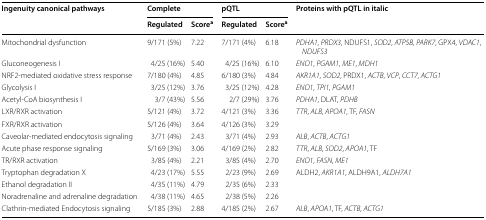
<table><thead><tr><td rowspan="2"><b>Ingenuity canonical pathways</b></td><td colspan="2"><b>Complete</b></td><td colspan="2"><b>pQTL</b></td><td rowspan="2"><b>Proteins with pQTL in italic</b></td></tr><tr><td><b>Regulated</b></td><td><b>Score<sup>a</sup></b></td><td><b>Regulated</b></td><td><b>Score<sup>a</sup></b></td></tr></thead><tbody><tr><td>Mitochondrial dysfunction</td><td>9/171 (5%)</td><td>7.22</td><td>7/171 (4%)</td><td>6.18</td><td><i>PDHA1</i>, <i>PRDX3</i>, NDUFS1, <i>SOD2</i>, <i>ATP5B</i>, <i>PARK7</i>, GPX4, <i>VDAC1</i>, <i>NDUFS3</i></td></tr><tr><td>Gluconeogenesis I</td><td>4/25 (16%)</td><td>5.40</td><td>4/25 (16%)</td><td>6.10</td><td><i>ENO1</i>, <i>PGAM1</i>, <i>ME1</i>, <i>MDH1</i></td></tr><tr><td>NRF2-mediated oxidative stress response</td><td>7/180 (4%)</td><td>4.85</td><td>6/180 (3%)</td><td>4.84</td><td><i>AKR1A1</i>, <i>SOD2</i>, PRDX1, <i>ACTB</i>, <i>VCP</i>, <i>CCT7</i>, <i>ACTG1</i></td></tr><tr><td>Glycolysis I</td><td>3/25 (12%)</td><td>3.76</td><td>3/25 (12%)</td><td>4.28</td><td><i>ENO1</i>, <i>TPI1</i>, <i>PGAM1</i></td></tr><tr><td>Acetyl-CoA biosynthesis I</td><td>3/7 (43%)</td><td>5.56</td><td>2/7 (29%)</td><td>3.76</td><td><i>PDHA1</i>, DLAT, <i>PDHB</i></td></tr><tr><td>LXR/RXR activation</td><td>5/121 (4%)</td><td>3.72</td><td>4/121 (3%)</td><td>3.36</td><td><i>TTR</i>, <i>ALB</i>, <i>APOA1</i>, TF, <i>FASN</i></td></tr><tr><td>FXR/RXR activation</td><td>5/126 (4%)</td><td>3.64</td><td>4/126 (3%)</td><td>3.29</td><td></td></tr><tr><td>Caveolar-mediated endocytosis signaling</td><td>3/71 (4%)</td><td>2.43</td><td>3/71 (4%)</td><td>2.93</td><td><i>ALB</i>, <i>ACTB</i>, <i>ACTG1</i></td></tr><tr><td>Acute phase response signaling</td><td>5/169 (3%)</td><td>3.06</td><td>4/169 (2%)</td><td>2.82</td><td><i>TTR</i>, <i>ALB</i>, <i>SOD2</i>, <i>APOA1</i>, TF</td></tr><tr><td>TR/RXR activation</td><td>3/85 (4%)</td><td>2.21</td><td>3/85 (4%)</td><td>2.70</td><td><i>ENO1</i>, <i>FASN</i>, <i>ME1</i></td></tr><tr><td>Tryptophan degradation X</td><td>4/23 (17%)</td><td>5.55</td><td>2/23 (9%)</td><td>2.69</td><td>ALDH2, <i>AKR1A1</i>, ALDH9A1, <i>ALDH7A1</i></td></tr><tr><td>Ethanol degradation II</td><td>4/35 (11%)</td><td>4.79</td><td>2/35 (6%)</td><td>2.33</td><td></td></tr><tr><td>Noradrenaline and adrenaline degradation</td><td>4/38 (11%)</td><td>4.65</td><td>2/38 (5%)</td><td>2.26</td><td></td></tr><tr><td>Clathrin-mediated Endocytosis signaling</td><td>5/185 (3%)</td><td>2.88</td><td>4/185 (2%)</td><td>2.67</td><td><i>ALB</i>, <i>APOA1</i>, TF, <i>ACTB</i>, <i>ACTG1</i></td></tr></tbody></table>